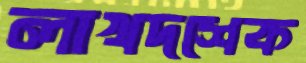
লাখদশেক